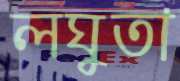
লঘুতা